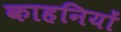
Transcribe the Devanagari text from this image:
काहनियों